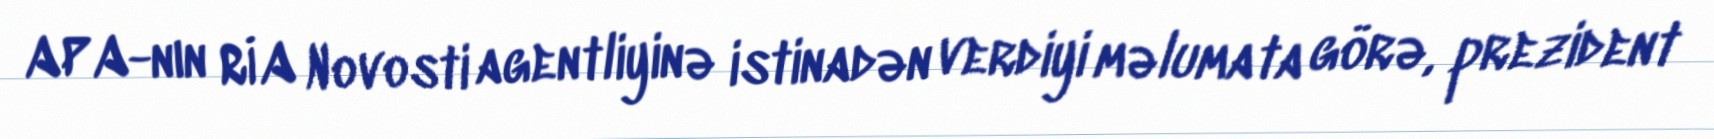
APA-nın RİA Novosti agentliyinə istinadən verdiyi məlumata görə, prezident